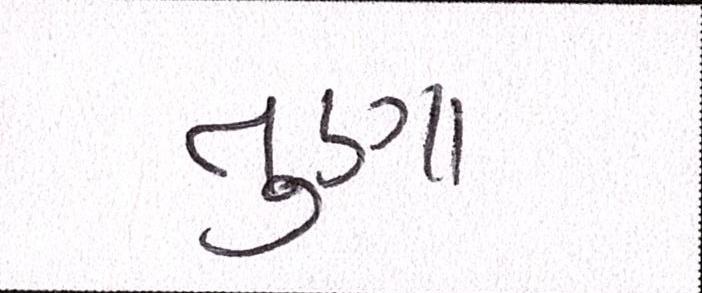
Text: તુણા